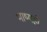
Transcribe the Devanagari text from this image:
भाष्यही